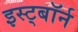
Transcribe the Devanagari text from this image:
इस्ट्बॉर्न